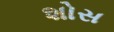
શોસ